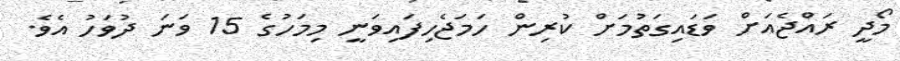
މޯދީ ރައްޖެއަށް ވަޑައިގަތުމަށް ކުރިން ހަމަޖެހިފައިވަނީ މިމަހުގެ 15 ވަނަ ދުވަހު އެވެ.